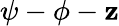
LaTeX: \psi-\phi-\mathbf{z}